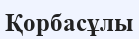
Қорбасұлы